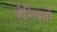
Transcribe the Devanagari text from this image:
हेलिक्सों